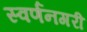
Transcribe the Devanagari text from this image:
स्‍वर्णनगरी